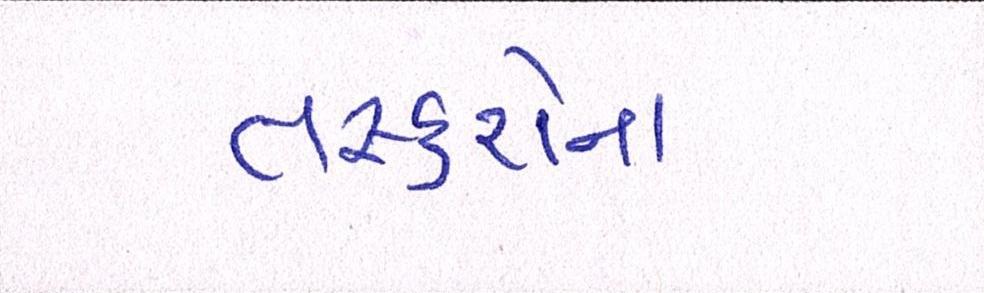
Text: તસ્કરોના